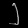
Digit: ၂